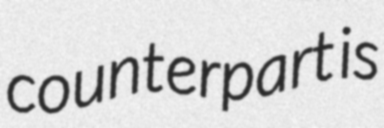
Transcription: counterpart is